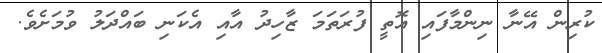
ކުރިން އޭނާ ނިންމާފައި އޮތީ ފުރަތަމަ ޒާހިދު އާއި އެކަނި ބައްދަލު ވުމަށެވެ.